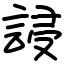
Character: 誛